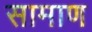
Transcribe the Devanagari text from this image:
सामाण